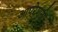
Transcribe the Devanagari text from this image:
आपरेशनो